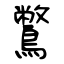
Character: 鷩